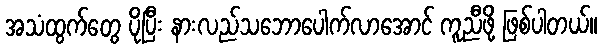
အသံထွက်တွေ ပိုပြီး နားလည်သဘောပေါက်လာအောင် ကူညီဖို့ ဖြစ်ပါတယ်။